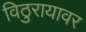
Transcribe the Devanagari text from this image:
विठुरायावर